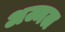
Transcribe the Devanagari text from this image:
अज्मल